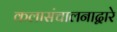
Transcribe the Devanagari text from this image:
कलासंचालनाद्वारे